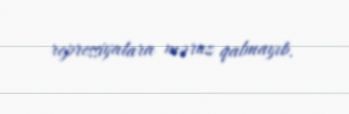
repressiyalara məruz qalmayıb.